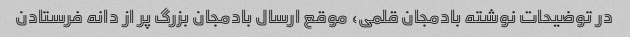
در توضیحات نوشته بادمجان قلمی، موقع ارسال بادمجان بزرگ پر از دانه فرستادن